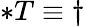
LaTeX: *T\equiv\dagger